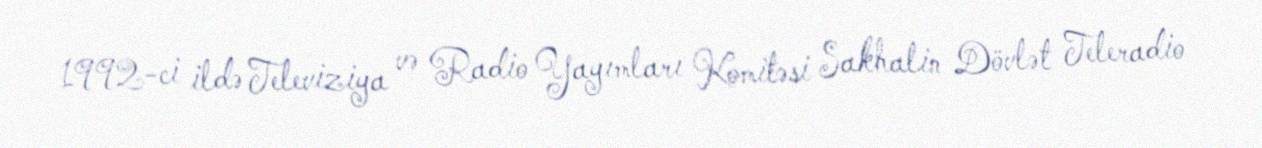
1992-ci ildə Televiziya və Radio Yayımları Komitəsi Sakhalin Dövlət Teleradio